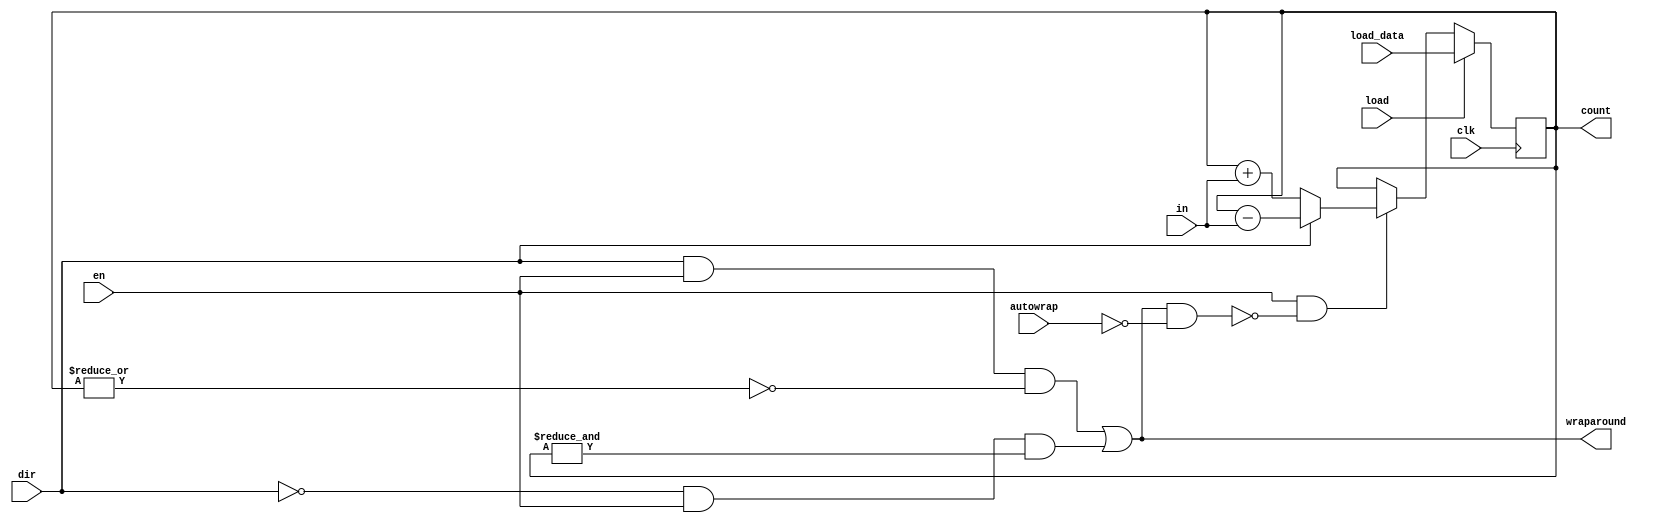
module oh_counter #(parameter DW   = 32  // width of data inputs
		    ) 
   (
    //inputs
    input 	    clk, // clk input
    input 	    in, // input to count
    input 	    en, // enable counter
    input 	    dir,//0=increment, 1=decrement
    input 	    autowrap, //auto wrap around
    input 	    load, // load counter
    input [DW-1:0]  load_data, // input data to load
    //outputs
    output [DW-1:0] count, // count value
    output 	    wraparound // wraparound indicator
    );
   
   // local variables
   reg [DW-1:0]    count;
   wire [DW-1:0]   count_in;
   
   //Select count direction
   assign count_in[DW-1:0] = dir ? count[DW-1:0] - in :
			           count[DW-1:0] + in ;
   
   // counter
   always @(posedge clk)
     if(load)
       count[DW-1:0] <= load_data[DW-1:0];
     else if (en & ~(wraparound & ~autowrap))
       count[DW-1:0] <= count_in[DW-1:0];
   
   // counter expired
   assign wraparound = (dir & en & ~(|count[DW-1:0])) |
		       (~dir & en & (&count[DW-1:0]));
   
endmodule